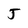
Character: J